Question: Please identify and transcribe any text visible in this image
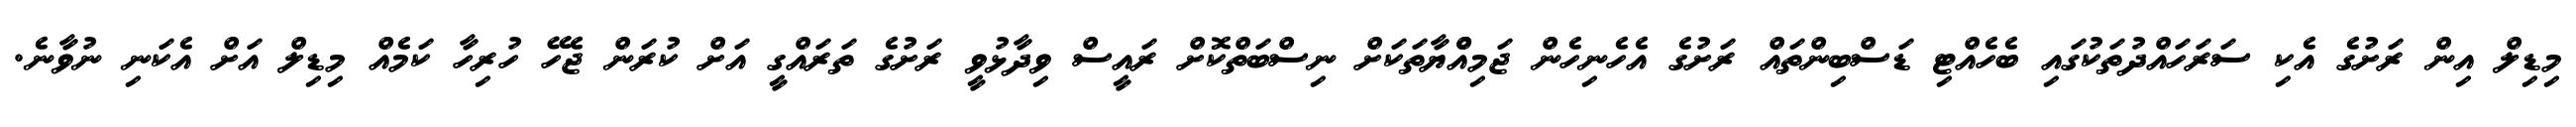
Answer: މިޑިލް އިން ރަށުގެ އެކި ސަރަހައްދުތަކުގައި ބެހެއްޓި ޑަސްބިންތައް ރަށުގެ އެހެނިހެން ޖަމިއްްޔާތަކަށް ނިސްބަތްކޮށް ރައީސް ވިދާޅުވީ ރަށުގެ ތަރައްގީ އަށް ކުރަން ޖެހޭ ހުރިހާ ކަމެއް މިޑިލް އަށް އެކަނި ނުވާނެ.